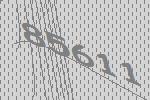
85611